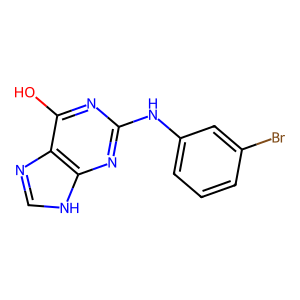
SMILES: Oc1nc(Nc2cccc(Br)c2)nc2[nH]cnc12
Inhibits HIV replication: No